Account of plague administration in the Bombay Presidency from September 1896 till May 1897
Year: 1896
Disease focus: Plague
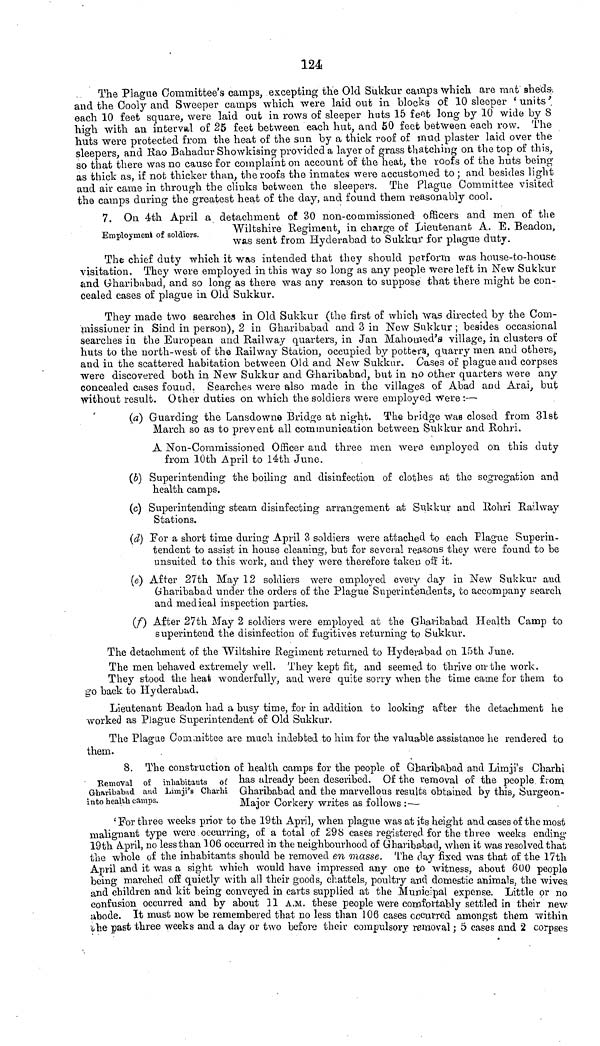
124
The Plague Committee's camps, excepting the Old Sukkur camps which are mat sheds
and the Cooly and Sweeper camps which were laid out in blocks of 10 sleeper 'units'
each 10 feet square, were laid out in rows of sleeper huts 15 feet long by 10 wide by 8
high with an interval of 25 feet between each hut, and 50 feet between each row. The
huts were protected from the heat of the sun by a thick roof of mud plaster laid over the
sleepers, and Rao Bahadur Showkising provided a layer of grass thatching on the top of this,
so that there was no cause for complaint on account of the heat, the roofs of the huts being
as thick as, if not thicker than, the roofs the inmates were accustomed to; and besides light
and air came in through the clinks between the sleepers. The Plague Committee visited
the camps during the greatest heat of the day, and found them reasonably cool.
Employment of soldiers.
7. On 4th April a detachment of 30 non-commissioned officers and men of the
Wiltshire Regiment, in charge of Lieutenant A. E. Beadon,
was sent from Hyderabad to Sukkur for plague duty.
The chief duty which it was intended that they should perform was house-to-house
visitation. They were employed in this way so long as any people were left in New Sukkur
and Gharibabad, and so long as there was any reason to suppose that there might be con-
cealed cases of plague in Old Sukkur.
They made two searches in Old Sukkur (the first of which was directed by the Com-
missioner in Sind in person), 2 in Gharibabad and 3 in New Sukkur; besides occasional
searches in the European and Railway quarters, in Jan Mahomed's village, in clusters of
huts to the north-west of the Railway Station, occupied by potters, quarry men and others,
and in the scattered habitation between Old and New Sukkur. Cases of plague and corpses
were discovered both in New Sukkur and Gharibabad, but in no other quarters were any
concealed cases found. Searches were also made in the villages of Abad and Arai, but
without result. Other duties on which the soldiers were employed were:—
(a) Guarding the Lansdowne Bridge at night. The bridge was closed from 31st
March so as to prevent all communication between Sukkur and Rohri.
A Non-Commissioned Officer and three men were employed on this duty
from 10th April to 14th June.
(b) Superintending the boiling and disinfection of clothes at the segregation and
health camps.
(c) Superintending steam disinfecting arrangement at Sukkur and Rohri Railway
Stations.
(d) For a short time during April 3 soldiers were attached to each Plague Superin-
tendent to assist in house cleaning, but for several reasons they were found to be
unsuited to this work, and they were therefore taken off it.
(e) After 27th May 12 soldiers were employed every day in New Sukkur and
Gharibabad under the orders of the Plague Superintendents, to accompany search
and medical inspection parties.
(f) After 27th May 2 soldiers were employed at the Gharibabad Health Camp to
superintend the disinfection of fugitives returning to Sukkur.
The detachment of the Wiltshire Regiment returned to Hyderabad on 15th June.
The men behaved extremely well. They kept fit, and seemed to thrive on the work.
They stood the heat wonderfully, and were quite sorry when the time came for them to
go back to Hyderabad.
Lieutenant Beadon had a busy time, for in addition to looking after the detachment he
worked as Plague Superintendent of Old Sukkur.
The Plague Committee are much indebted to him for the valuable assistance he rendered to
them.
Removal of inhabitants of
Gharibabad and Limji's Charhi
into health camps.
8. The construction of health camps for the people of Gharibabad and Limji's Charhi
has already been described. Of the removal of the people from
Gharibabad and the marvellous results obtained by this, Surgeon-
Major Corkery writes as follows:—
'For three weeks prior to the 19th April, when plague was at its height and cases of the most
malignant type were occurring, of a total of 298 cases registered for the three weeks ending
19th April, no less than 106 occurred in the neighbourhood of Gharibabad, when it was resolved that
the whole of the inhabitants should be removed en masse. The day fixed was that of the 17th
April and it was a sight which would have impressed any one to witness, about 600 people
being marched off quietly with all their goods, chattels, poultry and domestic animals, the wives
and children and kit being conveyed in carts supplied at the Municipal expense. Little or no
confusion occurred and by about 11 A.M. these people were comfortably settled in their new
abode. It must now be remembered that no less than 106 cases occurred amongst them within
the past three weeks and a day or two before their compulsory removal; 5 cases and 2 corpses